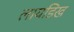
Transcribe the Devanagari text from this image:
लायडिख